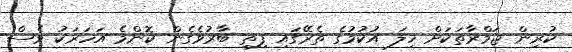
ކުރިން ޖަމްރާތަކަށް ހިލަ އުކުމުގެ ތެރޭގައި ފިތި ބާރުވެގެން ކޮންމެ އަހަރަކު ވެސް